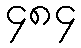
၄၈၄